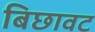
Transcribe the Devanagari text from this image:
बिछावट